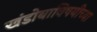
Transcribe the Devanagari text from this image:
खंडोबाविषयीच्या